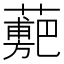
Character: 𧁉